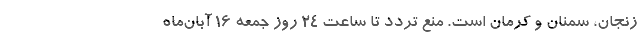
زنجان، سمنان و کرمان است. منع تردد تا ساعت ۲۴ روز جمعه ۱۶ آبان‌ماه